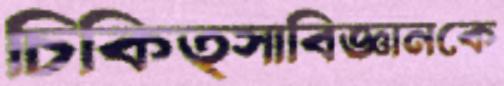
চিকিত্সাবিজ্ঞানকে